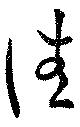
佳